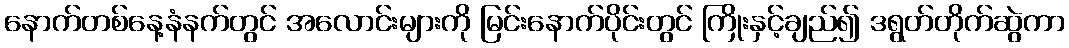
နောက်တစ်နေ့နံနက်တွင် အလောင်းများကို မြင်းနောက်ပိုင်းတွင် ကြိုးနှင့်ချည်၍ ဒရွတ်တိုက်ဆွဲကာ